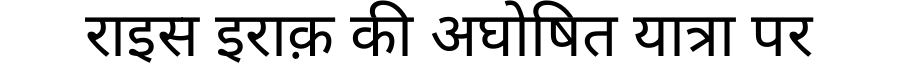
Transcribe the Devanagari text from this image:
राइस इराक़ की अघोषित यात्रा पर